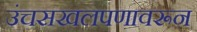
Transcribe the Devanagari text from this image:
उंचसखलपणावरून